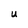
Character: U